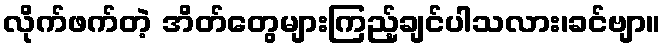
လိုက်ဖက်တဲ့ အိတ်တွေများကြည့်ချင်ပါသလား၊ခင်ဗျာ။